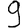
Digit: 9